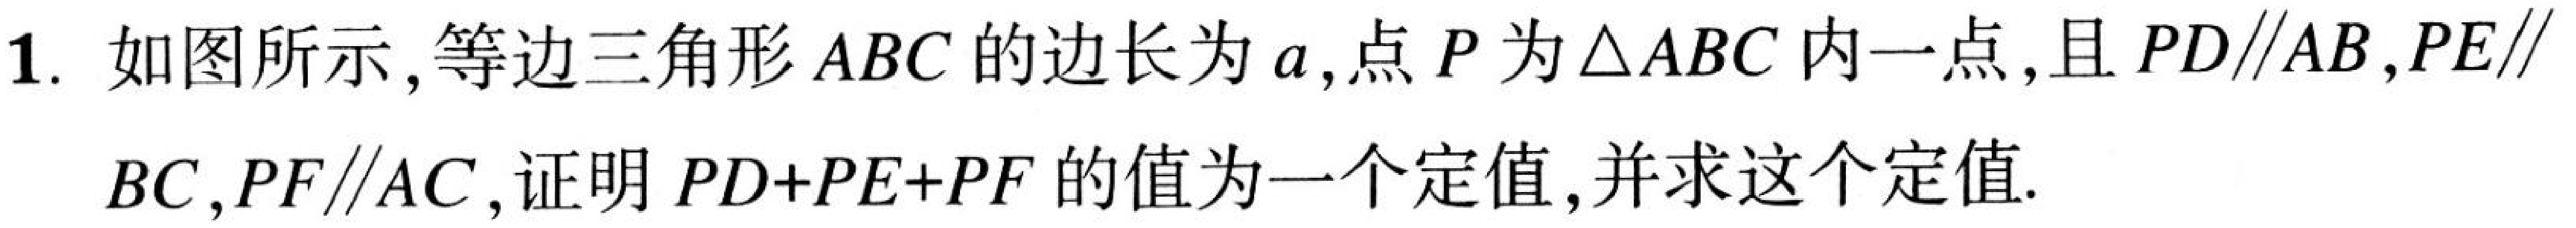
1. 如图所示,等边三角形 \(ABC\) 的边长为 \(a\),点 \(P\) 为\(\triangle ABC\) 内一点,且 \(PD\parallel AB,PE\parallel\) \(BC,PF\parallel AC\),证明 \(PD + PE+PF\) 的值为一个定值,并求这个定值.